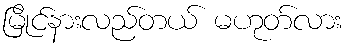
မြိုင်နားလည်တယ် မဟုတ်လား